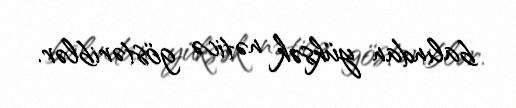
balından yüksək nəticə göstəriblər.